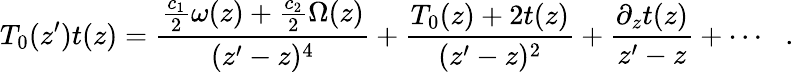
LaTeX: T_{0}(z^{\prime})t(z)=\frac{\frac{c_{1}}{2}\omega(z)+\frac{c_{2}}{2}\Omega(z)}{(z^{\prime}-z)^{4}}+\frac{T_{0}(z)+2t(z)}{(z^{\prime}-z)^{2}}+\frac{\partial_{z}t(z)}{z^{\prime}-z}+\cdots\: \: \: .